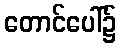
တောင်ပေါ်၌